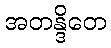
အတန္ဒိတေ